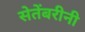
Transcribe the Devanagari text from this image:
सेतेंबरीनी